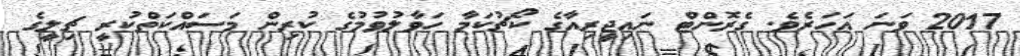
2017 ވަނަ އަހަރެވެ. ގެރޮންޓް ނައިޖީރިއާގެ ކޯޗުކަމާ ހަވާލުވުމުގެ ކުރިން މަސައްކަތްކުރީ ޗިލީގެ